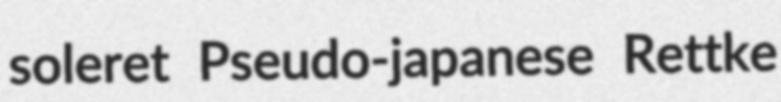
soleret Pseudo-japanese Rettke